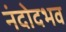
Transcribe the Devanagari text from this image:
नंदोदभव